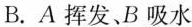
B.A挥发、B吸水